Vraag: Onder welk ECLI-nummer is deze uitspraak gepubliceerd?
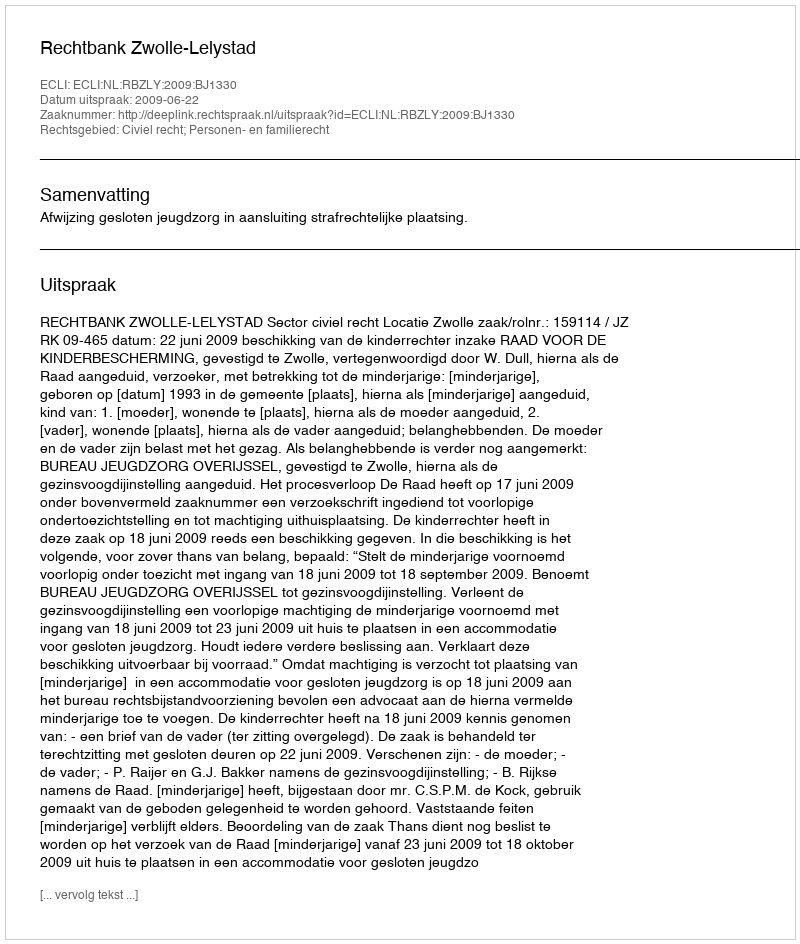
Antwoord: ECLI:NL:RBZLY:2009:BJ1330